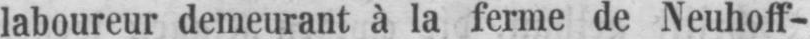
laboureur demeurant à la ferme de Neuhoff-